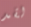
لقد